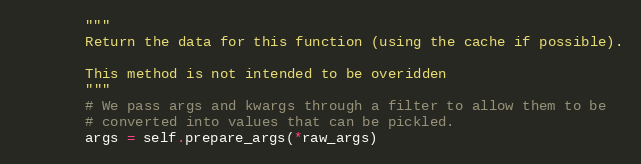
Language: Python
        """
        Return the data for this function (using the cache if possible).

        This method is not intended to be overidden
        """
        # We pass args and kwargs through a filter to allow them to be
        # converted into values that can be pickled.
        args = self.prepare_args(*raw_args)